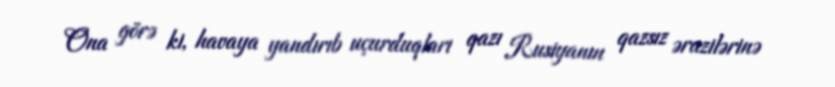
Ona görə ki, havaya yandırıb uçurduqları qazı Rusiyanın qazsız ərazilərinə